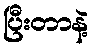
ပြီးတာနဲ့